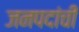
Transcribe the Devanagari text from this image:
जनपदांची